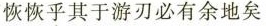
恢恢乎其于游刃必有余地矣